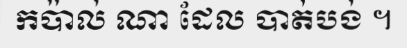
កប៉ាល់ ណា ដែល បាត់បង់ ។